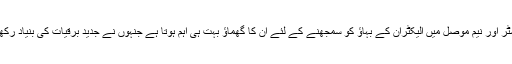
ٹرانسسٹر اور نیم موصل میں الیکٹران کے بہاؤ کو سمجھنے کے لئے ان کا گھماؤ بہت ہی اہم ہوتا ہے جنہوں نے جدید برقیات کی بنیاد رکھی ہے۔